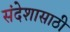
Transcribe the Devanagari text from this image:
संदेशासाठी